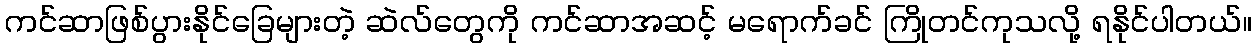
ကင်ဆာဖြစ်ပွားနိုင်ခြေများတဲ့ ဆဲလ်တွေကို ကင်ဆာအဆင့် မရောက်ခင် ကြိုတင်ကုသလို့ ရနိုင်ပါတယ်။